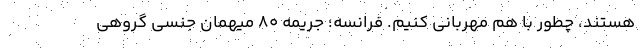
هستند، چطور با هم مهربانی کنیم. فرانسه؛ جریمه 80 میهمان جنسی گروهی